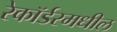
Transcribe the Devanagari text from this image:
रेकॉर्डरमधील